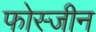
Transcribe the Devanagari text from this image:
फोस्जीन